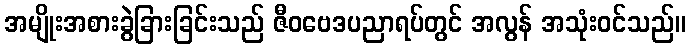
အမျိုးအစားခွဲခြားခြင်းသည် ဇီဝဗေဒပညာရပ်တွင် အလွန် အသုံးဝင်သည်။